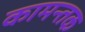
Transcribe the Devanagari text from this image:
कामन्तक